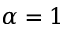
\alpha = 1